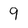
Character: 9